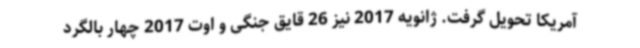
آمریکا تحویل گرفت. ژانویه 2017 نیز 26 قایق جنگی و اوت 2017 چهار بالگرد